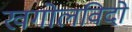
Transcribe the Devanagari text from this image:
खगोलविदो